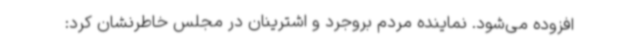
افزوده می‌شود. نماینده مردم بروجرد و اشترینان در مجلس خاطرنشان کرد: